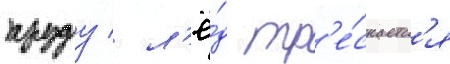
пруду / л'ё́д тр'е́скаетс'я